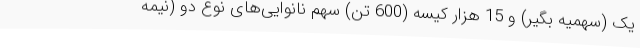
یک (سهمیه بگیر) و 15 هزار کیسه (600 تن) سهم نانوایی‌های نوع دو (نیمه